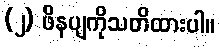
(၂) ဖိနပျကိုသတိထားပါ။